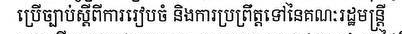
ប្រើច្បាប់ស្ដីពីការរៀបចំ និងការប្រព្រឹត្តទៅនៃគណៈរដ្ឋមន្រ្តី